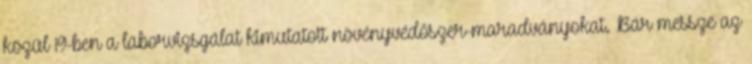
közül 19-ben a laborvizsgálat kimutatott növényvédőszer-maradványokat. Bár messze az